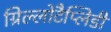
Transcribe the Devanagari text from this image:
ग्रिल्लोटैप्लिडी